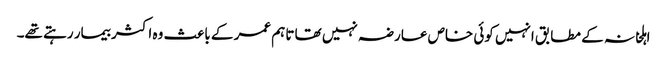
اہلخانہ کے مطابق انہیں کوئی خاص عارضہ نہیں تھا تاہم عمر کے باعث وہ اکثر بیمار رہتے تھے۔